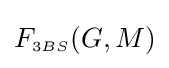
F_{\scriptscriptstyle 3BS}(G,M)